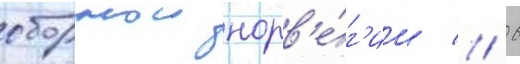
сборнои норв'е́г'ии // 6